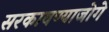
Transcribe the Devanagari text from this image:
सरकावण्याजोगे